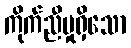
ကိုက်ညီမှုရှိသော